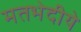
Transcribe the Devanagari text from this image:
मतभेदीये